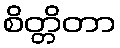
စိတ္တိတာ